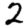
Digit: 2